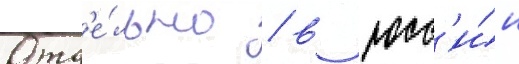
Отд'е́льно / в росс'и́и